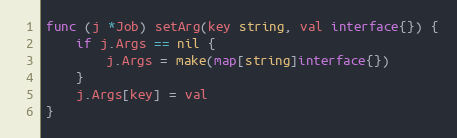
Language: Go
func (j *Job) setArg(key string, val interface{}) {
	if j.Args == nil {
		j.Args = make(map[string]interface{})
	}
	j.Args[key] = val
}